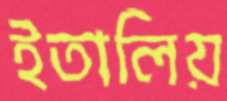
ইতালিয়